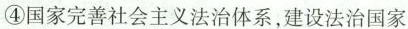
④国家完善社会主义法治体系，建设法治国家